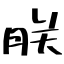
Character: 朕